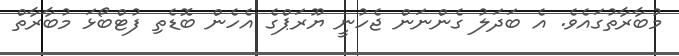
މުބާރާތުގައެވެ. އެ ބަދަލު ގެންނަން ޖެހުނީ ޔޫރަޕްގެ އެހެން ބޮޑެތި ފުޓްބޯޅަ މުބާރާތް